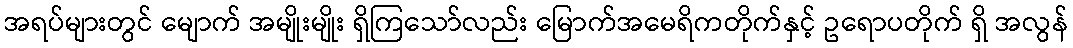
အရပ်များတွင် မျောက် အမျိုးမျိုး ရှိကြသော်လည်း မြောက်အမေရိကတိုက်နှင့် ဥရောပတိုက် ရှိ အလွန်